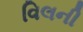
વિલની